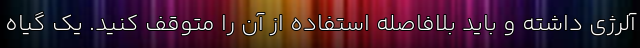
آلرژی داشته و باید بلافاصله استفاده از آن را متوقف کنید. یک گیاه